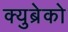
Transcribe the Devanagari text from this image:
क्युब्रेको